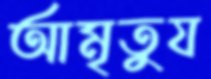
আমৃতুয